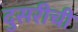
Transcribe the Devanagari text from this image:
दुसरीची